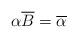
LaTeX: \begin{align*}\alpha \overline B=\overline\alpha\end{align*}